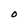
Character: O